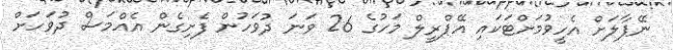
ނޭޕާލަށް އެހީވުމަށްޓަކައި އޭޕްރީލް މަހުގެ 26 ވަނަ ދުވަހުން ފެށިގެން އެއްމަސް ދުވަހަށް